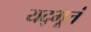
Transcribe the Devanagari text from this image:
यद्भूतं